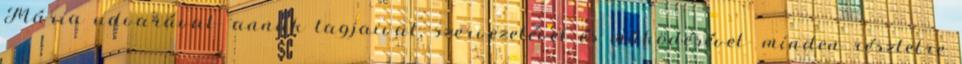
Mária udvarával- annak tagjaival, szervezetével és működésével- minden részletre